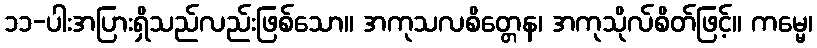
၁၁-ပါးအပြားရှိသည်လည်းဖြစ်သော။ အကုသလစိတ္တေန၊ အကုသိုလ်စိတ်ဖြင့်။ ကမ္မေ၊